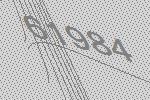
61984